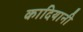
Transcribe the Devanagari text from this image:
कादियानी